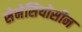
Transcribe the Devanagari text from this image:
सेनेसियोसीन